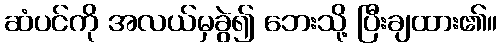
ဆံပင်ကို အလယ်မှခွဲ၍ ဘေးသို့ ပြီးချထား၏။